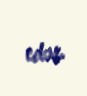
edər.